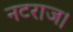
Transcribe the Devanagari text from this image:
नटराज।